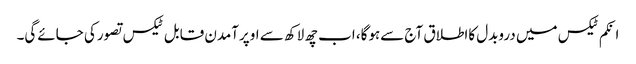
انکم ٹیکس میں دروبدل کااطلاق آج سےہوگا، اب چھ لاکھ سے اوپرآمدن قابل ٹیکس تصورکی جائےگی۔